Indian journal of veterinary science and animal husbandry - Volumes 24-25, 1954-1955
Year: 1954
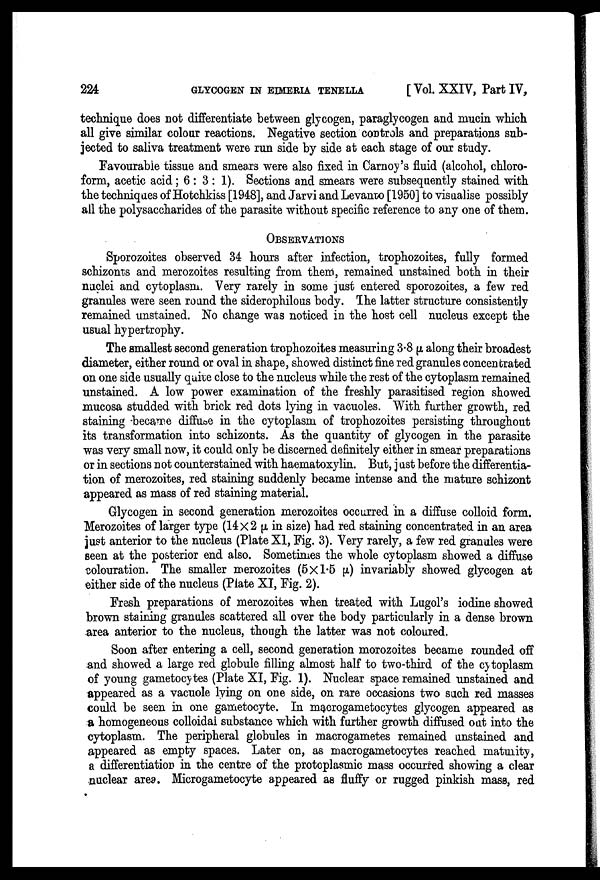
224
GLYCOGEN IN EIMERIA TENELLA
[ Vol. XXIV, Part IV,
technique does not differentiate between glycogen, paraglycogen and mucin which
all give similar colour reactions. Negative section controls and preparations sub-
jected to saliva treatment were run side by side at each stage of our study.
Favourable tissue and smears were also fixed in Carnoy's fluid (alcohol, chloro-
form, acetic acid; 6 : 3 : 1). Sections and smears were subsequently stained with
the techniques of Hotchkiss [1948], and Jarvi and Levanvo) [1950] to visualise possibly
all the polysaccharides of the parasite without specific reference to any one of them.
OBSERVATIONS
Sporozoites observed 34 hours after infection, trophozoites, fully formed
schizonts and merozoites resulting from them, remained unstained both in their
nuclei and cytoplasm. Very rarely in some just entered sporozoites, a few red
granules were seen round the siderophilous body. The latter structure consistently
remained unstained. No change was noticed in the host cell nucleus except the
usual hypertrophy.
The smallest second generation trophozoites measuring 3.8 µ along their broadest
diameter, either round or oval in shape, showed distinct fine red granules concentrated
on one side usually quite close to the nucleus while the rest of the cytoplasm remained
unstained. A low power examination of the freshly parasitised region showed
mucosa studded with brick red dots lying in vacuoles. With further growth, red
staining became diffuse in the cytoplasm of trophozoites persisting throughout
its transformation into schizonts. As the quantity of glycogen in the parasite
was very small now, it could only be discerned definitely either in smear preparations
or in sections not counterstained with haematoxylin. But, just before the differentia-
tion of merozoites, red staining suddenly became intense and the mature schizont
appeared as mass of red staining material.
Glycogen in second generation merozoites occurred in a diffuse colloid form.
Merozoites of larger type (14×2 µ in size) had red staining concentrated in an area
just anterior to the nucleus (Plate XI, Fig. 3). Very rarely, a few red granules were
seen at the posterior end also. Sometimes the whole cytoplasm showed a diffuse
colouration. The smaller merozoites (5×1.5 µ) invariably showed glycogen at
either side of the nucleus (Plate XI, Fig. 2).
Fresh preparations of merozoites when treated with Lugol's iodine showed
brown staining granules scattered all over the body particularly in a dense brown
area anterior to the nucleus, though the latter was not coloured.
Soon after entering a cell, second generation morozoites became rounded off
and showed a large red globule filling almost half to two-third of the cytoplasm
of young gametocytes (Plate XI, Fig. 1). Nuclear space remained unstained and
appeared as a vacuole lying on one side, on rare occasions two such red masses
could be seen in one gametocyte. In macrogametocytes glycogen appeared as
a homogeneous colloidal substance which with further growth diffused out into the
cytoplasm. The peripheral globules in macrogametes remained unstained and
appeared as empty spaces. Later on, as macrogametocytes reached maturity,
a differentiation in the centre of the protoplasmic mass occurred showing a clear
nuclear area. Microgametocyte appeared as fluffy or rugged pinkish mass, red